Civil Veterinary Dept. Bombay admin report 1914-1922 - 1914-1922
Year: 1914
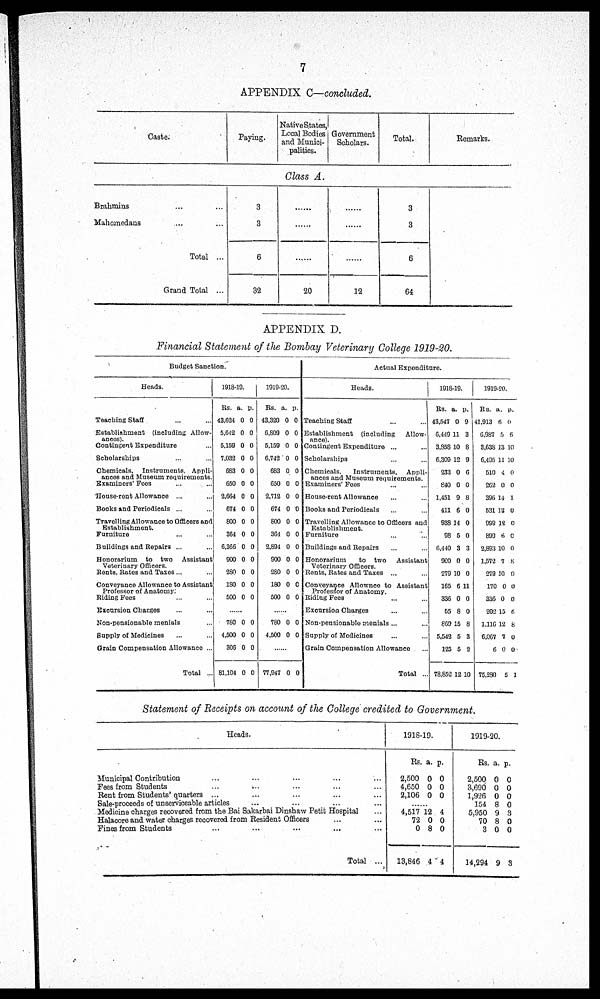
7
APPENDIX C—concluded.
Caste.
Paying.
Native States,
Local Bodies
and Munici-
palities.
Government
Scholars.
Total.
Remarks.
Class A.
Brahmins … …
Mahomedans … …
Total ...
Grand Total ...
3
3
6
32
......
......
......
20
......
......
......
12
3
3
6
64
APPENDIX D.
Financial Statement of the Bombay Veterinary College 1919-20.
Budget Sanction.
Heads.
Teaching Staff … …
Establishment (including Allow-
ances).
Contingent Expenditure ...
Scholarships ... ...
Chemicals. Instruments. Appli¬
ances and Museum requirements.
Examiners' Fees … …
House-rent Allowance ... …
Books and Periodicals ...
Travelling Allowance to Officers and
Establishment.
Furniture … …
Buildings and Repairs ... ...
Honorarium to two
Assistant
Veterinary Officers.
Rents, Rates and Taxes ... …
Conveyance Allowance to Assistant
Professor of Anatomy:
Riding Fees ... ...
Excursion Charges ... ...
Non-pensionable menials ...
Supply of Medicines … …
Grain Compensation Allowance ...
Total ...
1918-19.
Rs.
43,624
5,642
5,159
7,032
683
650
2,664
674
800
364
6,366
900
280
180
500
a.
0
0
0
0
0
0
0
0
0
0
0
0
0
0
0
p.
0
0
0
0
0
0
0
0
0
0
0
0
0
0
0
......
780
4,500
306
81,104
0
0
0
0
0
0
0
0
1919-20.
Rs.
43,320
6,809
5,159
6,742
683
650
2,712
674
800
364
2,894
900
280
180
500
a.
0
0
0
0
0
0
0
0
0
0
0
0
0
0
0
p.
0
0
0
0
0
0
0
0
0
0
0
0
0
0
0
......
780
4,500
0
0
0
0
......
77,947 0 0
Actual Expenditure.
Heads.
Teaching Staff ... ...
Establishment (including
Allow-
ance).
Contingent Expenditure ... ...
Scholarships ... ...
Chemicals.
Instruments,
Appli-
ances and Museum requirements.
Examiners' Fees … …
House-rent Allowance … …
Books and Periodicals ... ...
Travelling Allowance to Officers and
Establishment.
Furniture ... ...
Buildings and Repairs ... ...
Honorarium
to two
Assistant
Veterinary Officers.
Rents, Rates and Taxes ... …
Conveyance Allownce to Assistant
Professor of Anatomy.
Riding Fees … …
Excursion Charges ... ...
Non-pensionable menials ... …
Supply of Medicines … …
Grain Compensation Allowance ...
Total …
1918-19.
Rs.
43,547
6,449
3,858
5,309
233
840
1,451
411
938
98
6,440
900
279
165
336
55
869
5,542
125
78,852
a.
0
11
10
12
0
0
9
6
14
5
3
0
10
6
0
8
15
5
5
12
p.
9
3
8
9
6
0
8
0
0
0
3
0
0
11
0
0
8
3
2
10
1919-20.
Rs.
41,913
6,987
3,638
6,495
510
262
396
531
999
899
2,893
1,572
279
170
336
202
1,116
6,067
6
75,280
a.
6
5
13
11
4
0
14
10
12
6
10
7
10
0
0
15
12
7
0
5
p.
0
6
10
10
0
0
1
0
0
0
0
8
0
0
0
5
8
0
0
1
Statement of Receipts on account of the College credited to Government.
Heads.
Municipal Contribution ... ... ... ... ...
Fees from Students … … … ... ...
Rent from Students' quarters ... … … ... ...
Sale-proceeds of unserviceable articles … … … ... ...
Medicine charges recovered from the Bai Sakarbai Dinshaw Petit Hospital ...
Halacore and water charges recovered from Resident Officers …...
Fines from Students ... ... ... ... ... ...
Total ...
1918-19.
Rs.
2,500
4,650
2,106
a.
0
0
0
p.
0
0
0
......
4,517
72
0
13,846
12
0
8
4
4
0
0
4
1919-20.
Rs.
2,500
3,690
1,926
154
5,950
70
3
14,294
a.
0
0
0
8
9
8
0
9
p.
0
0
0
0
3
0
0
3